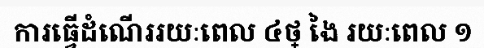
ការធ្វើដំណើររយៈពេល ៤ថ្ ងៃ រយៈពេល ១